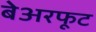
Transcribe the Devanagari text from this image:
बेअरफूट